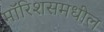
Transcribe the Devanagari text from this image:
मॉरिशसमधील